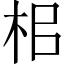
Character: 㭒